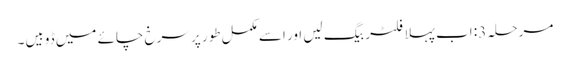
مرحلہ 3: اب پہلا فلٹر بیگ لیں اور اسے مکمل طور پر سرخ چائے میں ڈوبیں۔